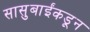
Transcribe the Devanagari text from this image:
सासुबाईंकडून